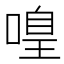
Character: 𠹡